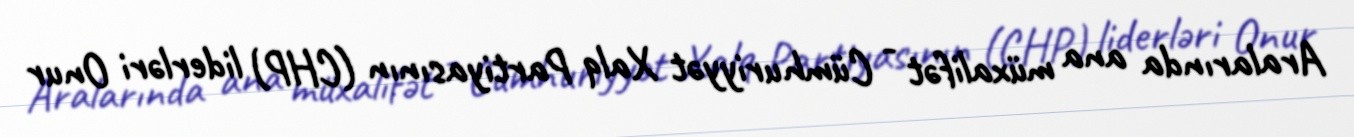
Aralarında ana müxalifət - Cümhuriyyət Xalq Partiyasının (CHP) liderləri Onur